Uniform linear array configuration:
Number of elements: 48
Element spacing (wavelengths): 0.25
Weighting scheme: hann
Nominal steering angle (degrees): -45
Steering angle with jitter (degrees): -45.966
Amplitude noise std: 0.05
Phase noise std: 0.05

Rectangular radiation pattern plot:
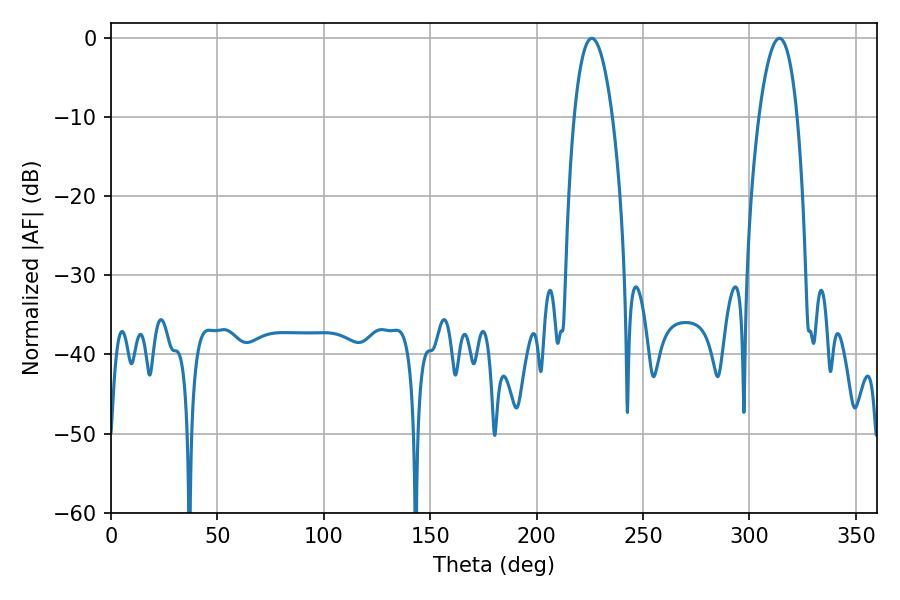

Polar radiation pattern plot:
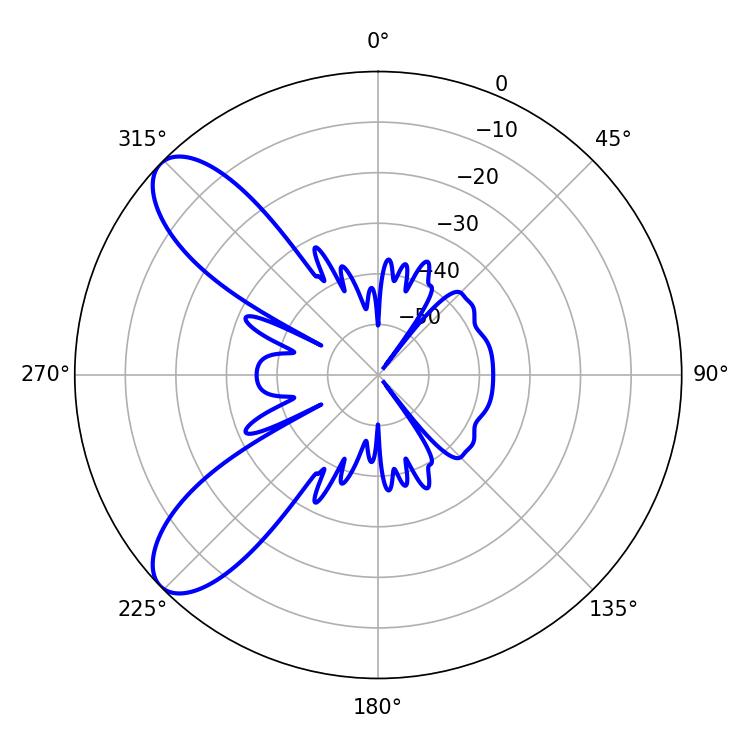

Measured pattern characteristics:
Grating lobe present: FALSE
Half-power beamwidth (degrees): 9.9
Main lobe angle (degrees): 225.9